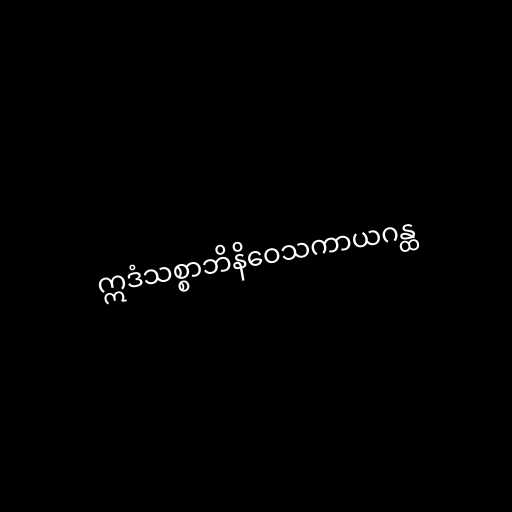
ဣဒံသစ္စာဘိနိဝေသကာယဂန္ထ